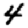
Digit: 4